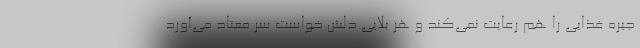
جیره غذایی را هم رعایت نمی‌کند و هر بلایی دلش خواست سر معتاد می‌آورد